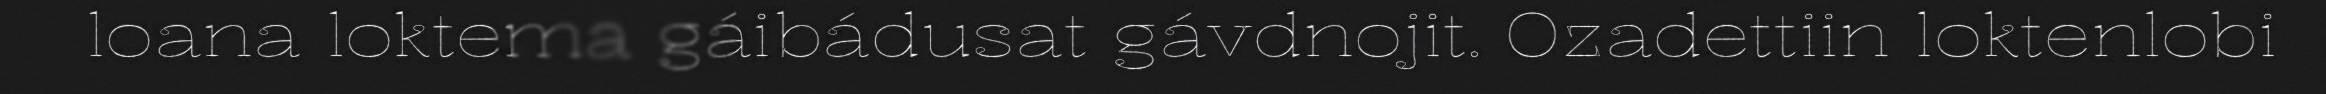
loana loktema gáibádusat gávdnojit. Ozadettiin loktenlobi